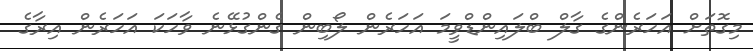
މިގޮތަށް އަހަރެންގެ ގާލް ބްލައިންޑްވީމަ އަހަރެން ލޯބިން ގެންގުޅޭނެ ވާހަކަ އަހަރެން އިރާގެ